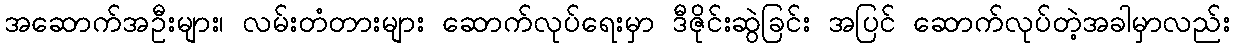
အဆောက်အဦးများ၊ လမ်းတံတားများ ဆောက်လုပ်ရေးမှာ ဒီဇိုင်းဆွဲခြင်း အပြင် ဆောက်လုပ်တဲ့အခါမှာလည်း